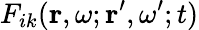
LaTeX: F_{ik}(\mathbf{r},\omega;\mathbf{r}^{\prime},\omega^{\prime};t)